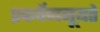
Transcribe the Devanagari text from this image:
प्रकर्षेणनूयते